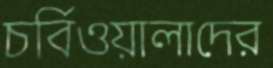
চর্বিওয়ালাদের